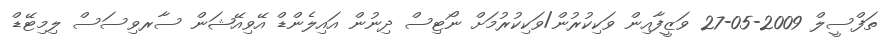
ތަފްސީލް 2009-05-27 ވަޒީފާއިން ވަކިކުރުން/ވަކިކުރުމަށް ނޯޓިސް ދިނުން އައިލެންޑް އޭވިއޭޝަން ސާރވިސަސް ލިމިޓޭޑް